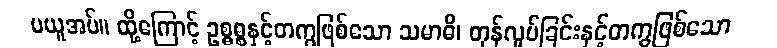
မယူအပ်။ ထို့ကြောင့် ဥစ္ဓစ္စနှင့်တကွဖြစ်သော သမာဓိ၊ တုန်လှုပ်ခြင်းနှင့်တကွဖြစ်သော